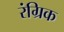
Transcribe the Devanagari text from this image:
रंग्रिक